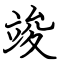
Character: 竣